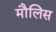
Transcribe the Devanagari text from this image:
मौलिस